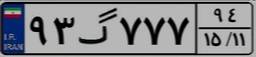
۹۳گ۷۷۷۹۴